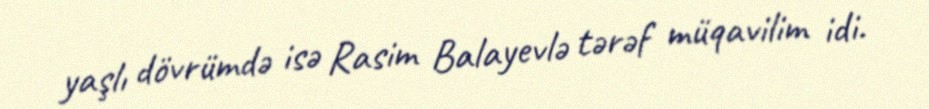
yaşlı dövrümdə isə Rasim Balayevlə tərəf müqavilim idi.